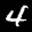
Label: 4